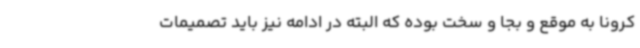
کرونا به موقع و بجا و سخت بوده که البته در ادامه نیز باید تصمیمات